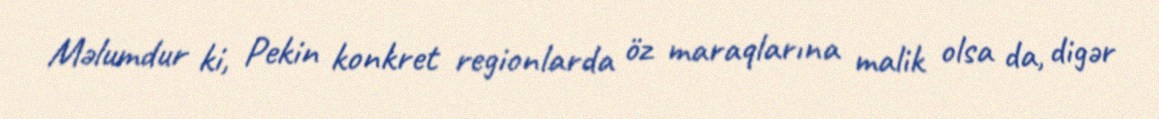
Məlumdur ki, Pekin konkret regionlarda öz maraqlarına malik olsa da, digər